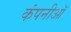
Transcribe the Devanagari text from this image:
कंपनीऑ